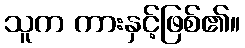
သူက ကားနှင့်ဖြစ်၏။